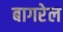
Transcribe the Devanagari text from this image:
बागरेल